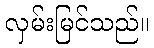
လှမ်းမြင်သည်။